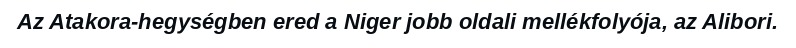
Az Atakora-hegységben ered a Niger jobb oldali mellékfolyója, az Alibori.